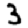
Digit: 3